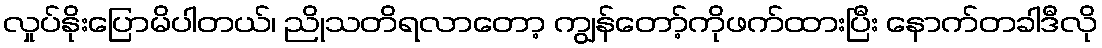
လှုပ်နိုးပြောမိပါတယ်၊ ညိုသတိရလာတော့ ကျွန်တော့်ကိုဖက်ထားပြီး နောက်တခါဒီလို